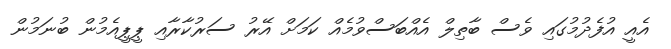
އެއީ އުފެދުމުގައި ވެސް ބާތިލް އެއްބަސްވުމެއް ކަމަށް އޭރު ސަރުކާރާއި ޕީޕީއެމުން ބުނަމުން